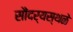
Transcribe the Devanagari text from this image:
सौंदर्यस्थळे